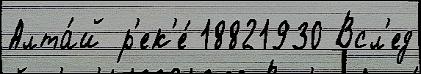
Алта́й р'ек'е́ 18821930 Всл'ед